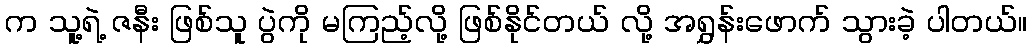
က သူ့ရဲ့ ဇနီး ဖြစ်သူ ပွဲကို မကြည့်လို့ ဖြစ်နိုင်တယ် လို့ အရွှန်းဖောက် သွားခဲ့ ပါတယ်။